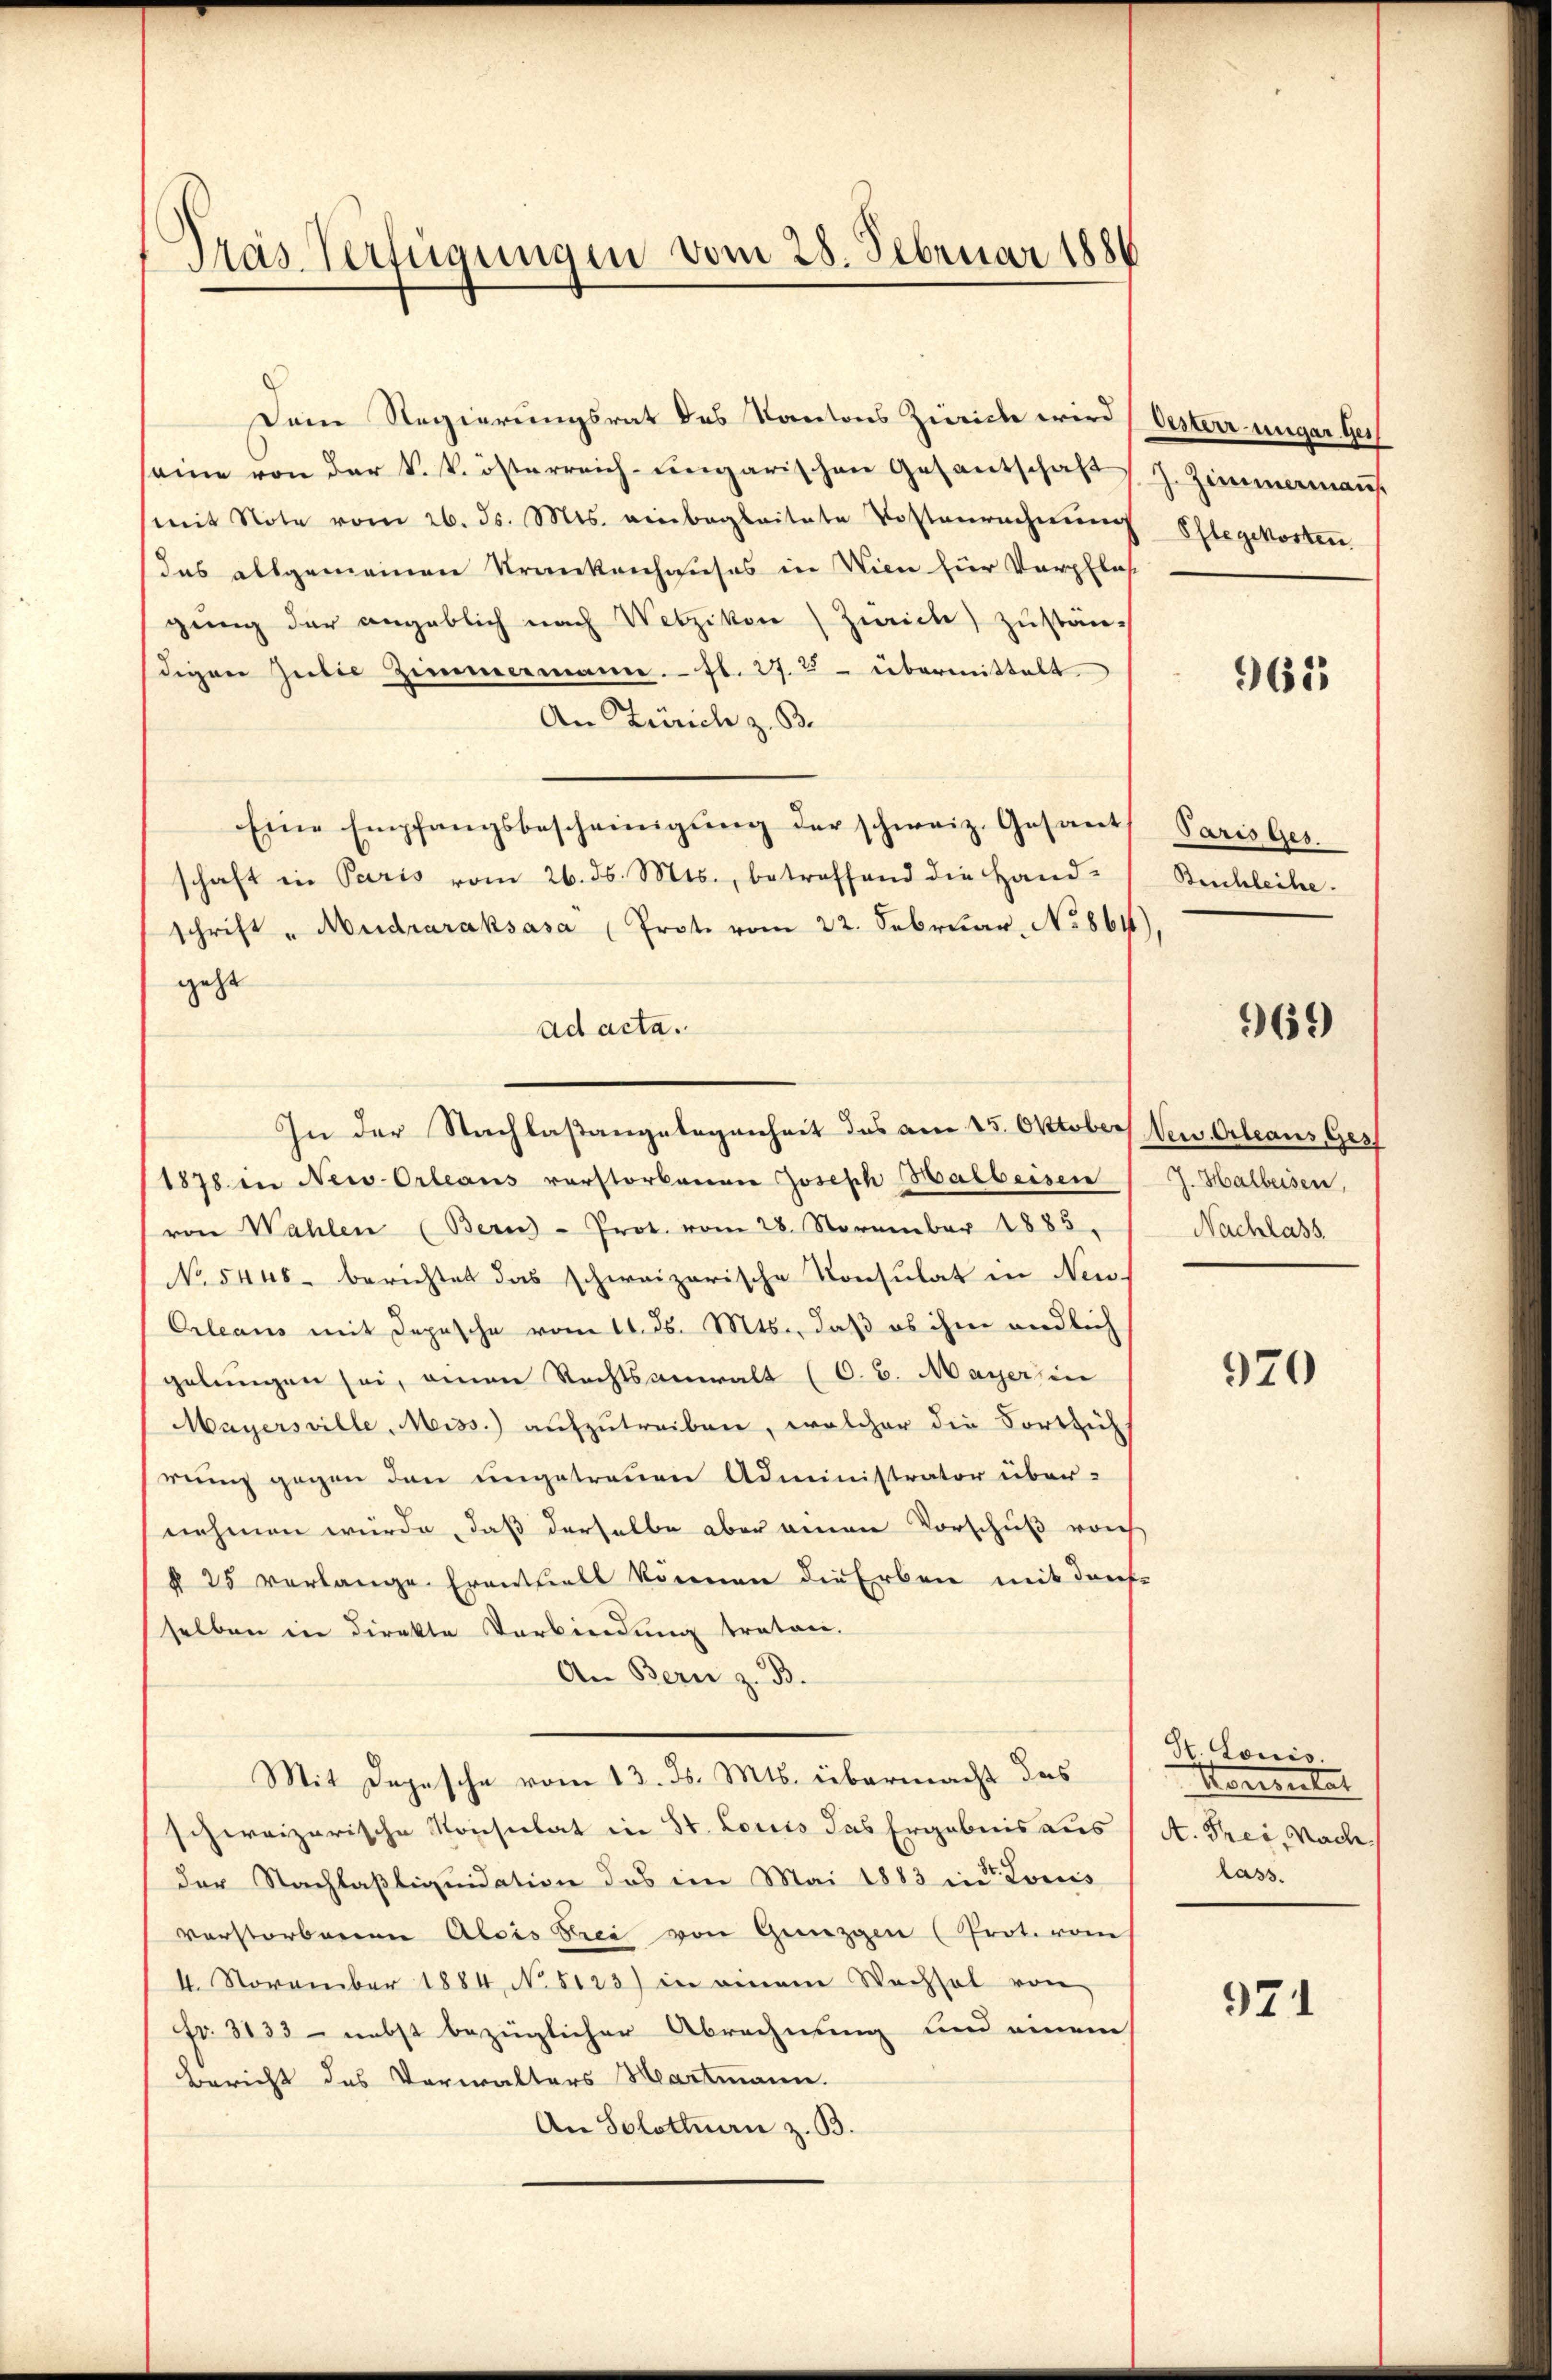
Pras Verfügungen vom 28. Februar 1884

(mit Note vom 26. ds. Mts. einbegleitete Kostenrechnung
das allgemeinen Krankenhauses in Wien zur Verpflas
gung der angeblich nach Wetzikon (Zürich) zustän-
digen Zŭlie Zimmermann. fl. 27. 25 übermittelt.
An Zürich z. B.
Eine Empfangsbescheinigung der schweiz. Gesant
schaft in Paris vom 26. ds. Mts., betreffend die Hand-
schrift „Mudraraksasa (Prote vom 22. Februar, No 861)
geht
ad acta.
In der Nachlaßangelegenheit das am 15. Oktober Neu Orleans Ges
1878 in New-Orleans verstorbenen Joseph Halbeisen
von Wahlen (Bern - Prot. vom 28. November 1883.
No 5448. berichtet das schweizerische Konsulat in Neu-
Orleans mit Depesche vom 11. ds. Mts., daß es ihm endlich
gelungen sei, einen Rechtsanwalt (O. S. Maÿersin
Mayersville, Miss.) aufzutreiben, welcher die Fortsich
rung gegen den ungetreuen Administrator über-
nehmen würde, daß derselbe aber einen Vorschuß vorh
§ 25 verlange Er anthielt können die Erben mit derse
selben in direkte Verbindung traten.
An Bern z. B.
Mit Depesche vom 13. ds. Mts. übermacht das
schweizerische Konsulat in St. Louis das Ergebnis aus (A. Frei, Nach
der Nachlaßliquidation das im Mai 1883 in Louis
verstorbenen Alois Brei von Gunzgen (Prot. vom
4. November 1884, No 5123) in einem Wachsel von
fr. 3133 - nebst bezüglicher Abrechnung und einem
Bericht des Verwalters Hartmann.
An Solothurn z. B.

Dem Regierungsrat des Kantons Zürich wird (Oesterr ungar. Ges
seine von der k. k. österreich-Lingarischen Gesantschaft (J. Zimmermaṅs

Pflegekosten

962

Paris Ges
Beichleihe.

969

J. Halbeisen,
Nachlass

970

St. Louis.
Komentar
lass.

971